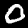
Label: 0